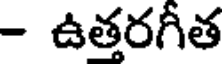
- ఉత్తరగీత